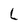
Character: L